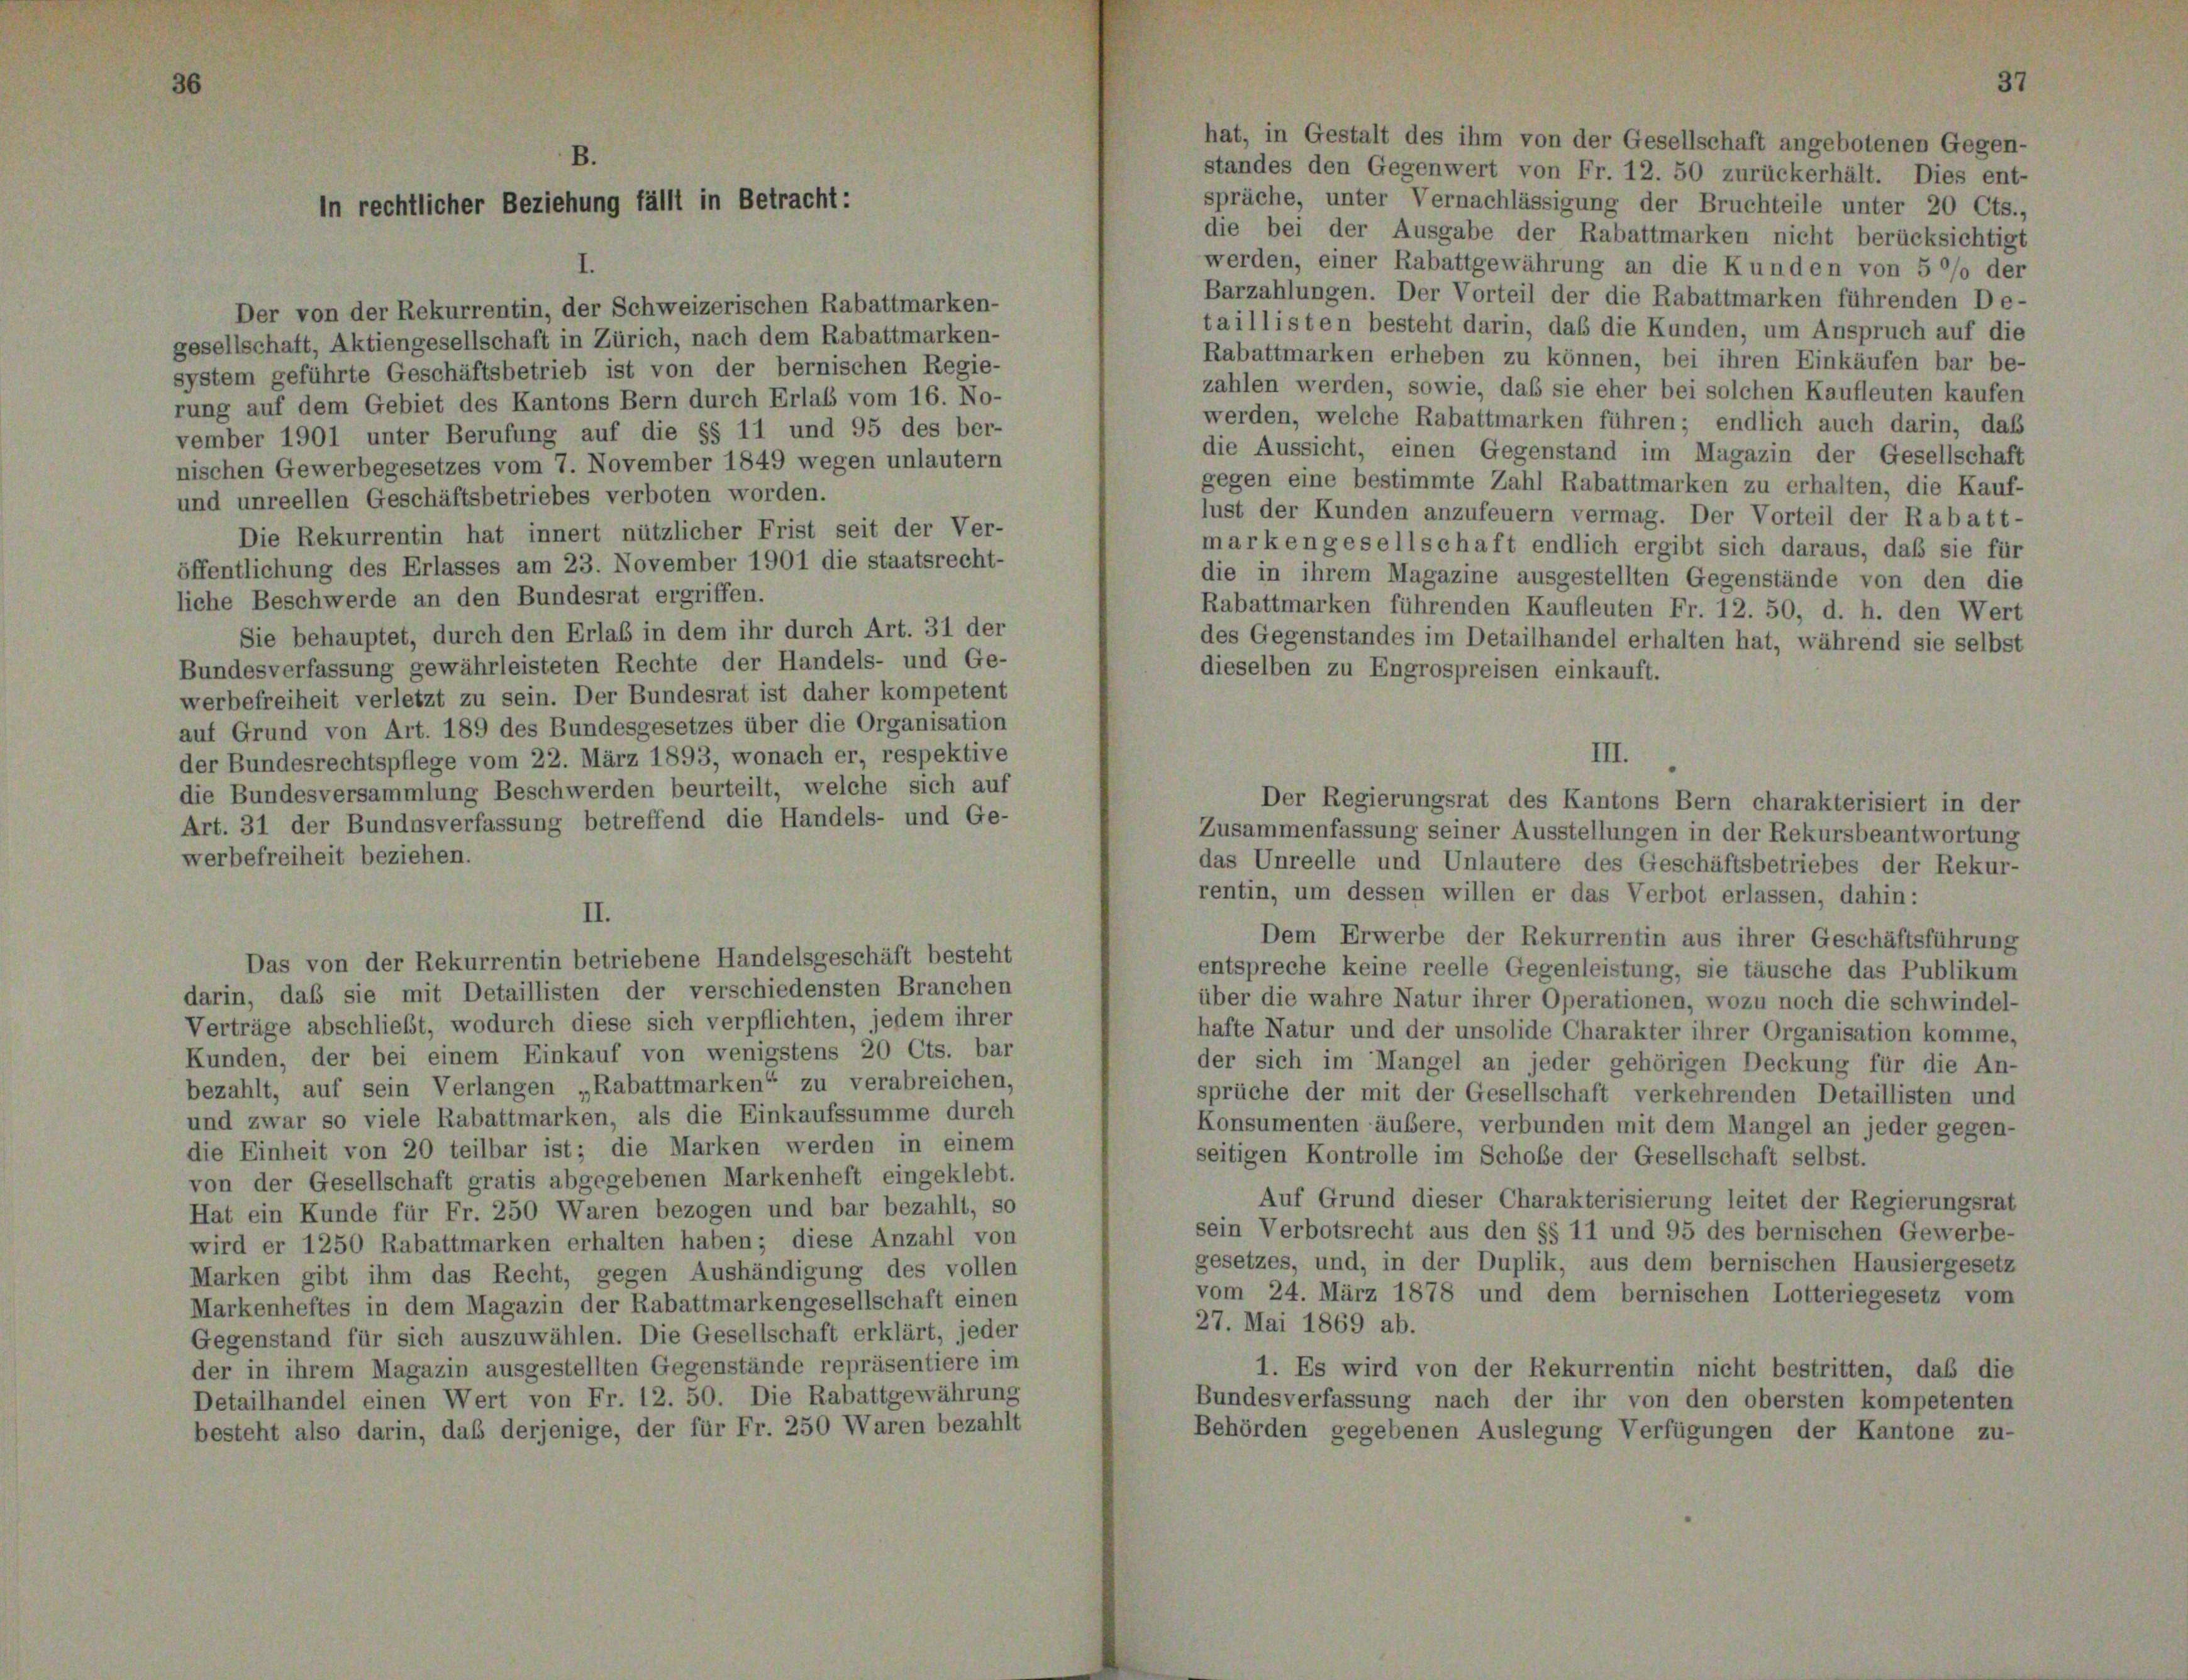
rer Bezieh

g fällt in Betr

Der von der Rekurrentin, der Schweizerischen Rabattmarken-
gesellschaft, Aktiengesellschaft in Zürich, nach dem Rabattmarken-
system geführte Geschäftsbetrieb ist von der bernischen Regie-
rung auf dem Gebiet des Kantons Bern durch Erlaß vom 16. No-
vember 1901 unter Berufung auf die §§ 11 und 95 des ber-
nischen Gewerbegesetzes vom 7. November 1849 wegen unlautern
und unreellen Geschäftsbetriebes verboten worden.
Die Rekurrentin hat innert nützlicher Frist seit der Ver-
öffentlichung des Erlasses am 23. November 1901 die staatsrecht-
liche Beschwerde an den Bundesrat ergriffen.
Sie behauptet, durch den Erlas in dem ihr durch Art. 31 der
Bundesverfassung gewährleisteten Rechte der Handels- und Ge-
werbefreiheit verletzt zu sein. Der Bundesrat ist daher kompetent
auf Grund von Art. 189 des Bundesgesetzes über die Organisation
der Bundesrechtspflege vom 22. März 1893, wonach er, respektive
die Bundesversammlung Beschwerden beurteilt, welche sich auf
Art. 31 der Bundesverfassung betreffend die Handels- und Ge-
werbefreiheit beziehen.

darin, daß sie mit Detaillisten der verschiedensten Branchen
Verträge abschließt, wodurch diese sich verpflichten, jedem ihrer
Kunden, der bei einem Einkauf von wenigstens 20 Cts. bar
bezahlt, auf sein Verlangen „Rabattmarken“ zu verabreichen,
und zwar so viele Rabattmarken, als die Einkaufssumme durch
die Einheit von 20 teilbar ist; die Marken werden in einem
von der Gesellschaft gratis abgegebenen Markenheft eingeklebt.
Hat ein Kunde für Fr. 250 Waren bezogen und bar bezahlt, so
wird er 1250 Rabattmarken erhalten haben; diese Anzahl von
Marken gibt ihm das Recht, gegen Aushändigung des vollen
Markenheftes in dem Magazin der Rabattmarkengesellschaft einen
Gegenstand für sich auszuwählen. Die Gesellschaft erklärt, jeder
der in ihrem Magazin ausgestellten Gegenstände repräsentiere im
Detailhandel einen Wert von Fr. 12. 50. Die Rabattgewährung
besteht also darin, daß derjenige, der für Fr. 250 Waren bezahlt

Das von der Rekurrentin betriebene Handelsgeschäft besteht

hat, in Gestalt des ihm von der Gesellschaft angebotenen Gegen-
standes den Gegenwert von Fr. 12. 50 zurückerhält. Dies ent-
spräche, unter Vernachlässigung der Bruchteile unter 20 Cts.,
die bei der Ausgabe der Rabattmarken nicht berücksichtigt
werden, einer Rabattgewährung an die Kunden von 5 °/o der
Barzahlungen. Der Vorteil der die Rabattmarken führenden De-
taillisten besteht darin, daß die Kunden, um Anspruch auf die
Rabattmarken erheben zu können, bei ihren Einkäufen bar be-
zahlen werden, sowie, daß sie eher bei solchen Kaufleuten kaufen
werden, welche Rabattmarken führen; endlich auch darin, daß
die Aussicht, einen Gegenstand im Magazin der Gesellschaft
gegen eine bestimmte Zahl Rabattmarken zu erhalten, die Kauf-
lust der Kunden anzufeuern vermag. Der Vorteil der Rabatt-
markengesellschaft endlich ergibt sich daraus, daß sie für
die in ihrem Magazine ausgestellten Gegenstände von den die
Rabattmarken führenden Kaufleuten Fr. 12. 50, d. h. den Wert
des Gegenstandes im Detailhandel erhalten hat, während sie selbst
dieselben zu Engrospreisen einkauft.

Der Regierungsrat des Kantons Bern charakterisiert in der
Zusammenfassung seiner Ausstellungen in der Rekursbeantwortung
das Unreelle und Unlautere des Geschäftsbetriebes der Rekur-
rentin, um dessen willen er das Verbot erlassen, dahin:
Dem Erwerbe der Rekurrentin aus ihrer Geschäftsführung
entspreche keine reelle Gegenleistung, sie täusche das Publikum
über die wahre Natur ihrer Operationen, wozu noch die schwindel-
hafte Natur und der unsolide Charakter ihrer Organisation komme,
der sich im Mangel an jeder gehörigen Deckung für die An-
sprüche der mit der Gesellschaft verkehrenden Detaillisten und
Konsumenten äußere, verbunden mit dem Mangel an jeder gegen
seitigen Kontrolle im Schoße der Gesellschaft selbst.
Auf Grund dieser Charakterisierung leitet der Regierungsrat
sein Verbotsrecht aus den §§ 11 und 95 des bernischen Gewerbe-
gesetzes, und, in der Duplik, aus dem bernischen Hausiergesetz
vom 24. März 1878 und dem bernischen Lotteriegesetz vom
27. Mai 1869 ab.
1. Es wird von der Rekurrentin nicht bestritten, daß die
Bundesverfassung nach der ihr von den obersten kompetenten
Behörden gegebenen Auslegung Verfügungen der Kantone zu-